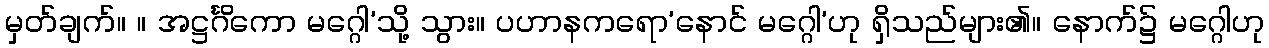
မှတ်ချက်။ ။ အဋ္ဌင်္ဂိကော မဂ္ဂေါ’သို့ သွား။ ပဟာနကရော’နောင် မဂ္ဂေါ’ဟု ရှိသည်များ၏။ နောက်၌ မဂ္ဂေါဟု